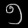
Digit: ၅